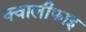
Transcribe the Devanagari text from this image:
क्वालीफाइ